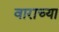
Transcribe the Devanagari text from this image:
वाराच्या